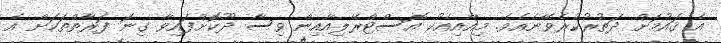
އެ ޤައުމަށް ދަތުރުކުރެވޭނެއެވެ. މިއާއިއެކު އޮސްޓްރޭލިއާއިން ވިސާ ދޫކޮށްފައިވާ ގިނަ ފަރާތްތަކަށް އެ